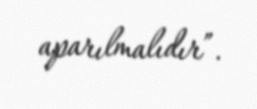
aparılmalıdır”.